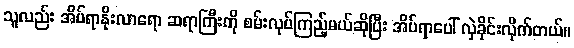
သူလည်း အိပ်ရာနိုးလာရော ဆရာကြီးကို စမ်းလုပ်ကြည့်မယ်ဆိုပြီး အိပ်ရာပေါ် လှဲခိုင်းလိုက်တယ်။